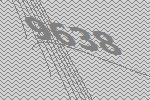
9638